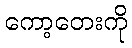
ကော့တေးကို